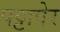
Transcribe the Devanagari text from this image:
पट्टापेर